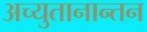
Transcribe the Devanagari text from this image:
अच्युतानान्तन